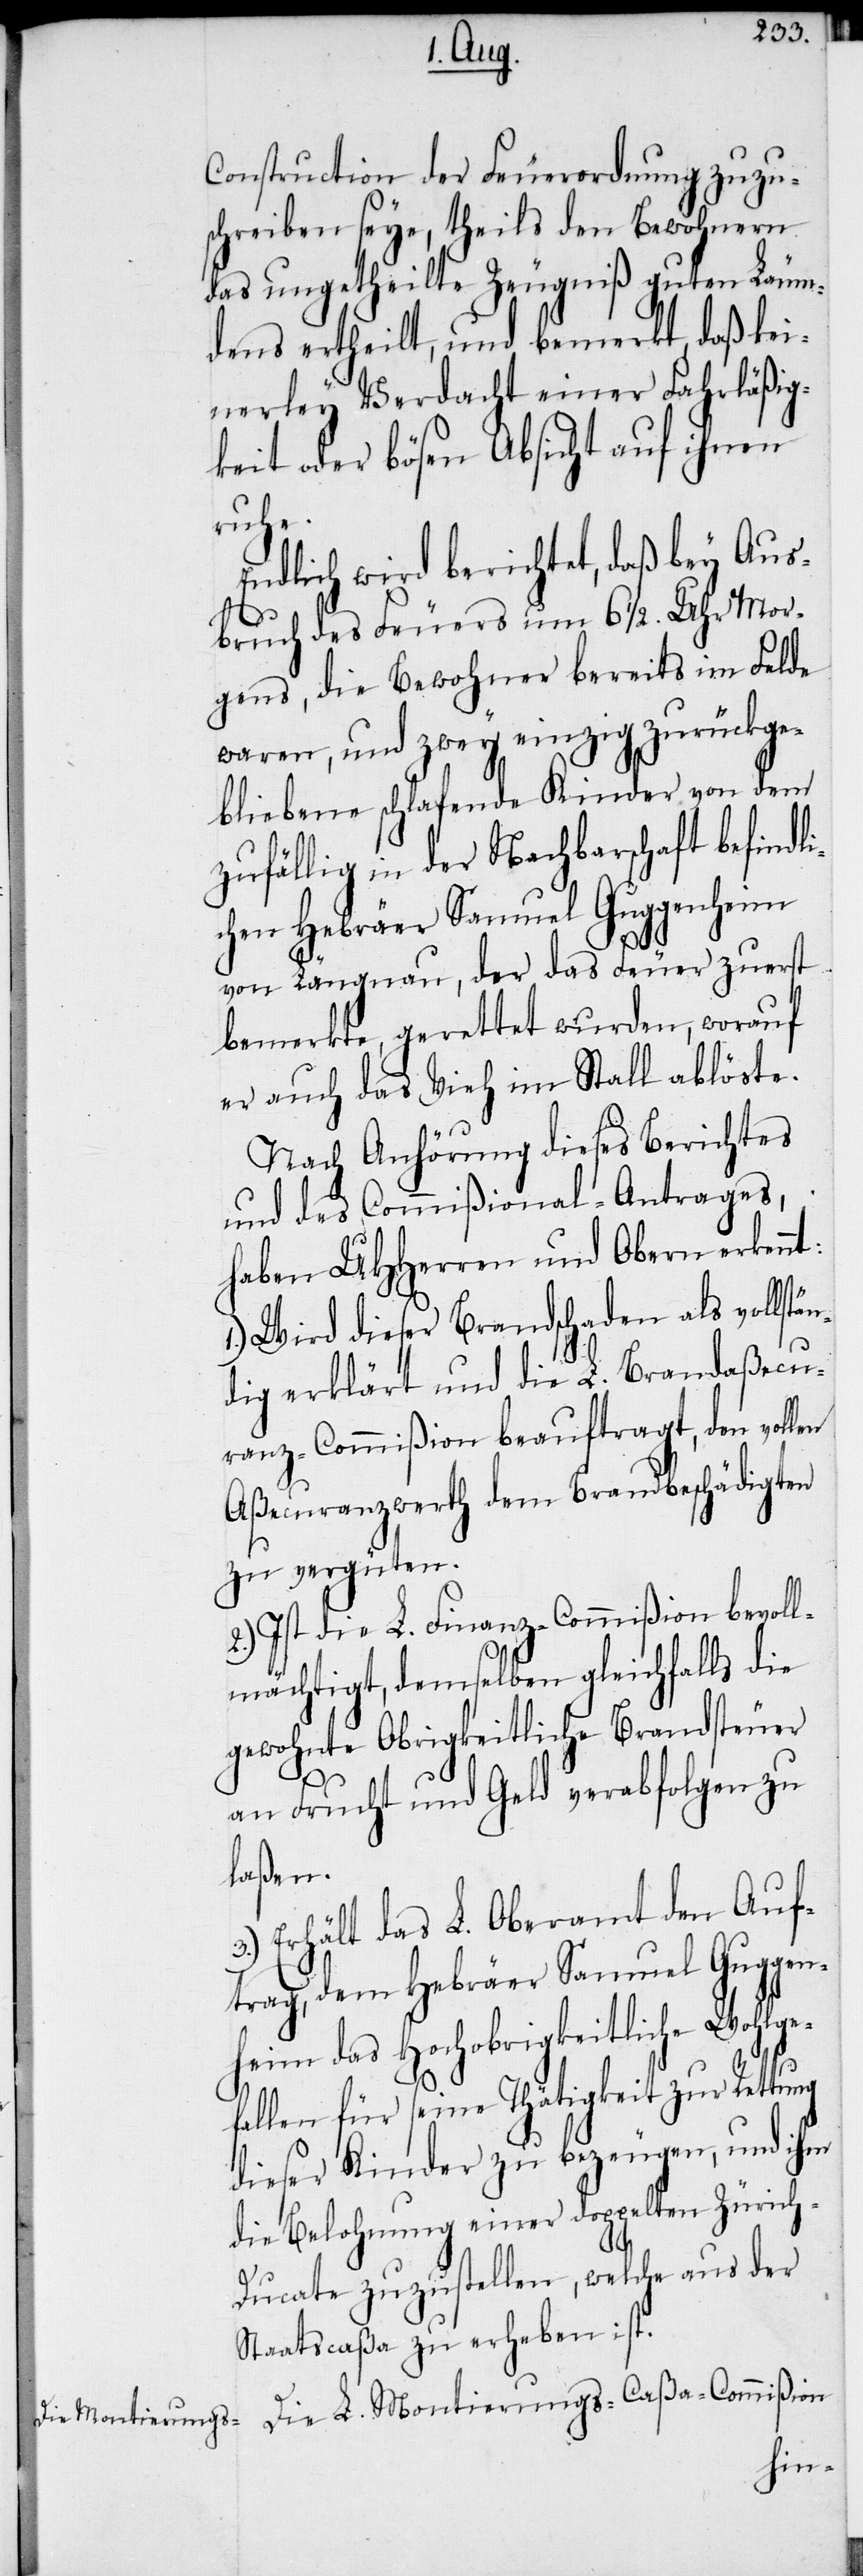
Construction der Feuerordnung zuzu¬
schreiben seye, theils den Bewohnern
das ungetheilte Zeugniß guten Läum¬
dens ertheilt, und bemerkt, daß kei¬
nerley Verdacht einer Fahrläßig¬
keit oder bösen Absicht auf ihnen
ruhe.
Endlich wird berichtet, daß bey Aus¬
bruch des Feuers um 6 ½. Uhr Mor¬
gens, die Bewohner bereits im Felde
waren, und zwey einzig zurückge¬
bliebene schlafende Kinder von dem
zufällig in der Nachbarschaft befindli¬
chen Hebräer Samuel Guggenheim
von Längnau, der das Feuer zuerst
bemerkte, gerettet wurden, worauf
er auch das Vieh im Stall ablöste.
Nach Anhörung dieses Berichtes
und des Commißional-Antrages,
haben UHHerren und Obern erkennt:
Wird dieser Brandschaden als vollstä¬
ndig erklärt und die L. Brandaßecu¬
ranz-Commißion beauftragt, den vollen
Aßecuranzwerth dem Brandbeschädigten
zu vergüten.
2.) Ist die L. Finanz-Commißion bevoll¬
mächtigt, demselben gleichfalls die
gewohnte Obrigkeitliche Brandsteuer
an Frucht und Geld verabfolgen zu
laßen.
Erhält das L. Oberamt den Auf¬
trag, dem Hebräer Samuel Guggen¬
heim das Hochobrigkeitliche Wohlge¬
fallen für seine Thätigkeit zur Rettung
dieser Kinder zu bezeugen, und ihm
die Belohnung einer doppelten Zürich-D¬
ucate zuzustellen, welche aus der
Staatscaßa zu erheben ist.
Die L. Montierungs-Caßa-Commißion